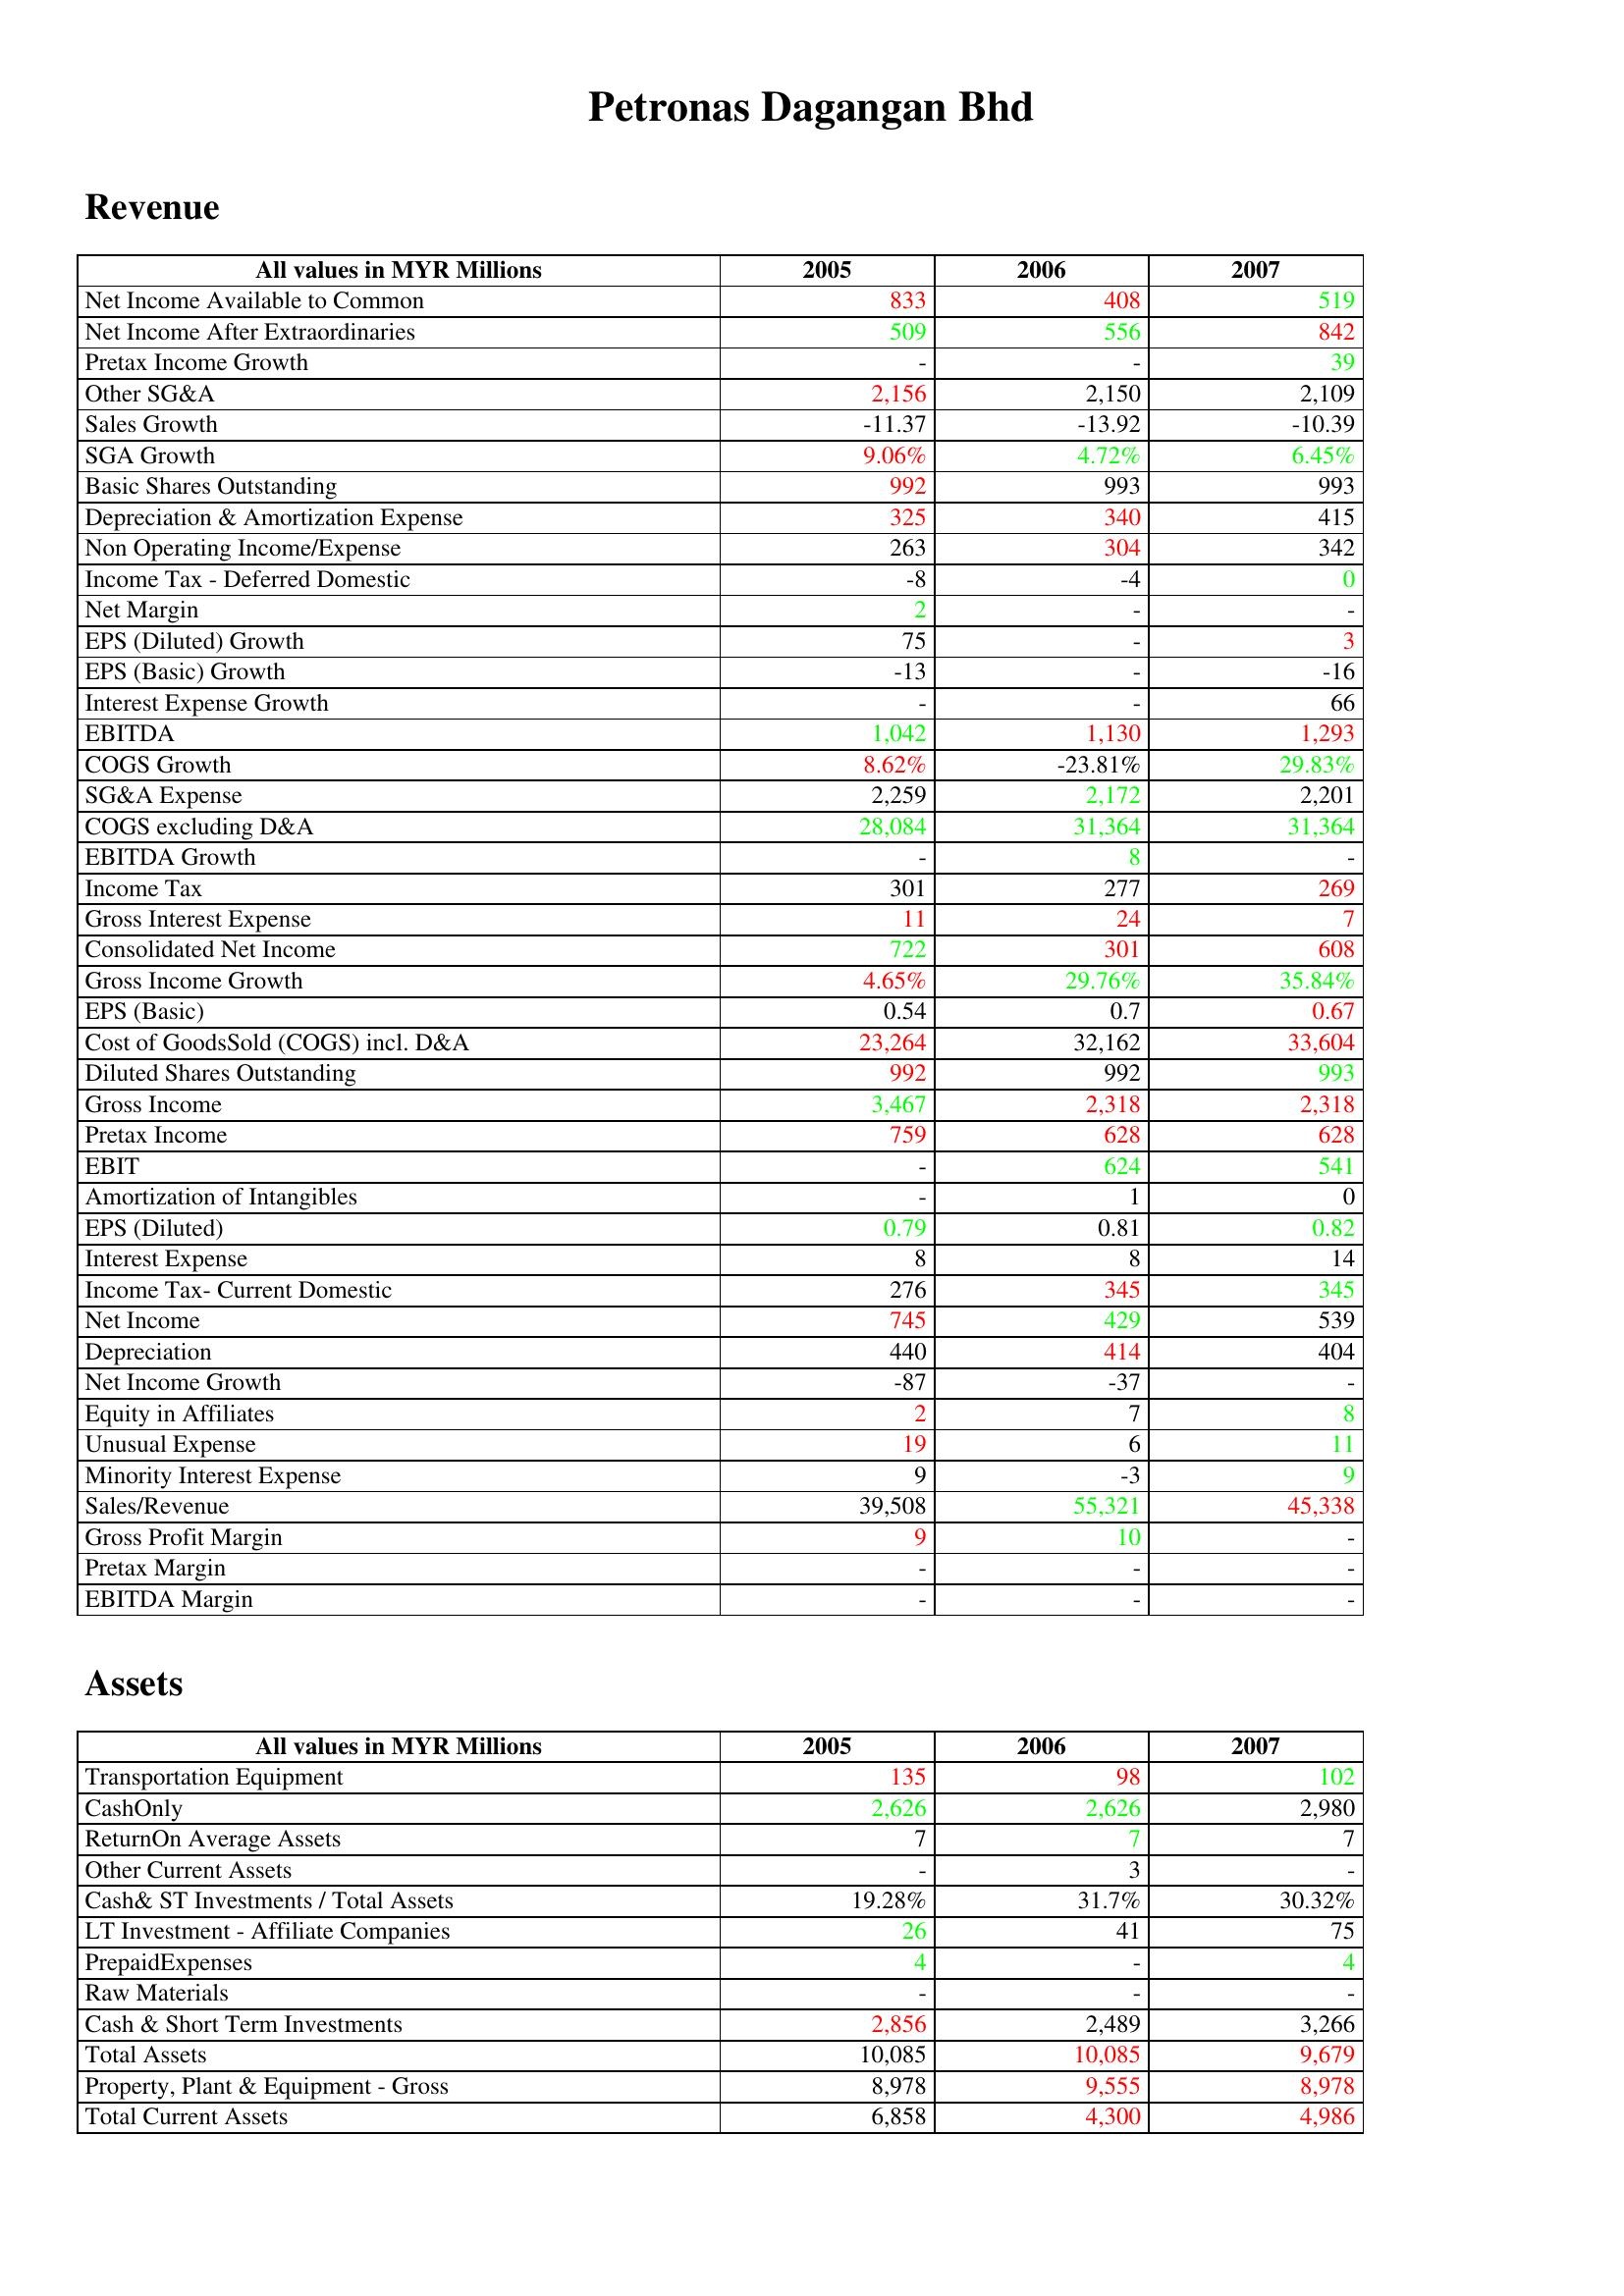
gt_parse: 2005: Revenue: Net Income Available to Common: 833
Net Income After Extraordinaries: 509
Pretax Income Growth: -
Other SG&A: 2,156
Sales Growth: -11.37
SGA Growth: 9.06%
Basic Shares Outstanding: 992
Depreciation & Amortization Expense: 325
Non Operating Income/Expense: 263
Income Tax - Deferred Domestic: -8
Net Margin: 2
EPS (Diluted) Growth: 75
EPS (Basic) Growth: -13
Interest Expense Growth: -
EBITDA: 1,042
COGS Growth: 8.62%
SG&A Expense: 2,259
COGS excluding D&A: 28,084
EBITDA Growth: -
Income Tax: 301
Gross Interest Expense: 11
Consolidated Net Income: 722
Gross Income Growth: 4.65%
EPS (Basic): 0.54
Cost of GoodsSold (COGS) incl. D&A: 23,264
Diluted Shares Outstanding: 992
Gross Income: 3,467
Pretax Income: 759
EBIT: -
Amortization of Intangibles: -
EPS (Diluted): 0.79
Interest Expense: 8
Income Tax- Current Domestic: 276
Net Income: 745
Depreciation: 440
Net Income Growth: -87
Equity in Affiliates: 2
Unusual Expense: 19
Minority Interest Expense: 9
Sales/Revenue: 39,508
Gross Profit Margin: 9
Pretax Margin: -
EBITDA Margin: -
Assets: Transportation Equipment: 135
CashOnly: 2,626
ReturnOn Average Assets: 7
Other Current Assets: -
Cash& ST Investments / Total Assets: 19.28%
LT Investment - Affiliate Companies: 26
PrepaidExpenses: 4
Raw Materials: -
Cash & Short Term Investments: 2,856
Total Assets: 10,085
Property, Plant & Equipment - Gross : 8,978
Total Current Assets: 6,858
2006: Revenue: Net Income Available to Common: 408
Net Income After Extraordinaries: 556
Pretax Income Growth: -
Other SG&A: 2,150
Sales Growth: -13.92
SGA Growth: 4.72%
Basic Shares Outstanding: 993
Depreciation & Amortization Expense: 340
Non Operating Income/Expense: 304
Income Tax - Deferred Domestic: -4
Net Margin: -
EPS (Diluted) Growth: -
EPS (Basic) Growth: -
Interest Expense Growth: -
EBITDA: 1,130
COGS Growth: -23.81%
SG&A Expense: 2,172
COGS excluding D&A: 31,364
EBITDA Growth: 8
Income Tax: 277
Gross Interest Expense: 24
Consolidated Net Income: 301
Gross Income Growth: 29.76%
EPS (Basic): 0.7
Cost of GoodsSold (COGS) incl. D&A: 32,162
Diluted Shares Outstanding: 992
Gross Income: 2,318
Pretax Income: 628
EBIT: 624
Amortization of Intangibles: 1
EPS (Diluted): 0.81
Interest Expense: 8
Income Tax- Current Domestic: 345
Net Income: 429
Depreciation: 414
Net Income Growth: -37
Equity in Affiliates: 7
Unusual Expense: 6
Minority Interest Expense: -3
Sales/Revenue: 55,321
Gross Profit Margin: 10
Pretax Margin: -
EBITDA Margin: -
Assets: Transportation Equipment: 98
CashOnly: 2,626
ReturnOn Average Assets: 7
Other Current Assets: 3
Cash& ST Investments / Total Assets: 31.7%
LT Investment - Affiliate Companies: 41
PrepaidExpenses: -
Raw Materials: -
Cash & Short Term Investments: 2,489
Total Assets: 10,085
Property, Plant & Equipment - Gross : 9,555
Total Current Assets: 4,300
2007: Revenue: Net Income Available to Common: 519
Net Income After Extraordinaries: 842
Pretax Income Growth: 39
Other SG&A: 2,109
Sales Growth: -10.39
SGA Growth: 6.45%
Basic Shares Outstanding: 993
Depreciation & Amortization Expense: 415
Non Operating Income/Expense: 342
Income Tax - Deferred Domestic: 0
Net Margin: -
EPS (Diluted) Growth: 3
EPS (Basic) Growth: -16
Interest Expense Growth: 66
EBITDA: 1,293
COGS Growth: 29.83%
SG&A Expense: 2,201
COGS excluding D&A: 31,364
EBITDA Growth: -
Income Tax: 269
Gross Interest Expense: 7
Consolidated Net Income: 608
Gross Income Growth: 35.84%
EPS (Basic): 0.67
Cost of GoodsSold (COGS) incl. D&A: 33,604
Diluted Shares Outstanding: 993
Gross Income: 2,318
Pretax Income: 628
EBIT: 541
Amortization of Intangibles: 0
EPS (Diluted): 0.82
Interest Expense: 14
Income Tax- Current Domestic: 345
Net Income: 539
Depreciation: 404
Net Income Growth: -
Equity in Affiliates: 8
Unusual Expense: 11
Minority Interest Expense: 9
Sales/Revenue: 45,338
Gross Profit Margin: -
Pretax Margin: -
EBITDA Margin: -
Assets: Transportation Equipment: 102
CashOnly: 2,980
ReturnOn Average Assets: 7
Other Current Assets: -
Cash& ST Investments / Total Assets: 30.32%
LT Investment - Affiliate Companies: 75
PrepaidExpenses: 4
Raw Materials: -
Cash & Short Term Investments: 3,266
Total Assets: 9,679
Property, Plant & Equipment - Gross : 8,978
Total Current Assets: 4,986